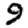
Digit: 9